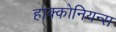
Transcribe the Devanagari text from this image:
हाक्कोनियन्स